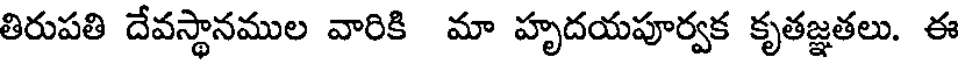
తిరుపతి దేవస్థానముల వారికి మా హృదయపూర్వక కృతజ్ఞతలు. ఈ